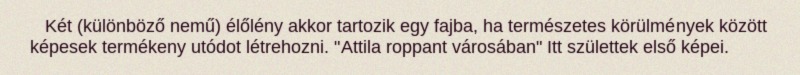
Két (különböző nemű) élőlény akkor tartozik egy fajba, ha természetes körülmények között képesek termékeny utódot létrehozni. "Attila roppant városában" Itt születtek első képei.